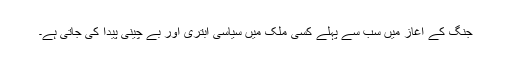
جنگ کے آغاز میں سب سے پہلے کسی ملک میں سیاسی ابتری اور بے چینی پیدا کی جاتی ہے۔